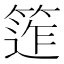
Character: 𥯧